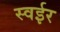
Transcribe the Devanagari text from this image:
स्वईर